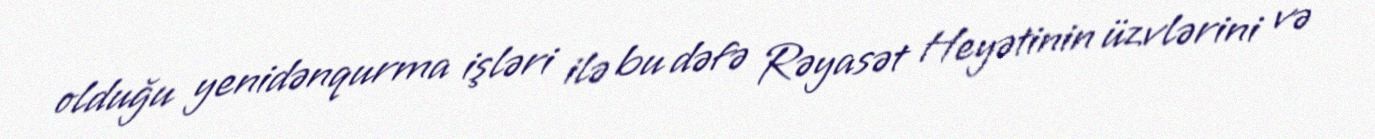
olduğu yenidənqurma işləri ilə bu dəfə Rəyasət Heyətinin üzvlərini və